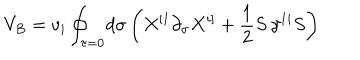
V _ { B } = v _ { i } \oint _ { \tau = 0 } \! d \sigma \left( X ^ { [ 1 } \partial _ { \sigma } X ^ { i ] } + \frac { 1 } { 2 } S \, \gamma ^ { 1 i } S \right)